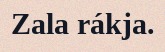
Zala rákja.